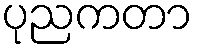
ပုညကတာ